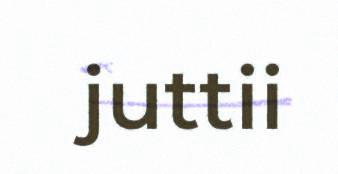
juttii